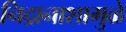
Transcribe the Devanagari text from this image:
निद्रानाशामुळे